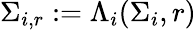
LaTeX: \Sigma_{i,r}:=\Lambda_{i}(\Sigma_{i},r)